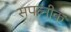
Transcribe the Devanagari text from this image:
सपत्‍नीक